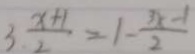
3 \frac { x + 1 } { 2 } = 1 - \frac { 3 x - 1 } { 2 }